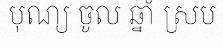
បុណ្យ ចូល ឆ្នាំ ស្រប